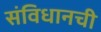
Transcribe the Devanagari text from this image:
संविधानची